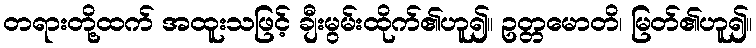
တရားတို့ထက် အထူးသဖြင့် ချီးမွမ်းထိုက်၏ဟူ၍။ ဥတ္တမောတိ၊ မြတ်၏ဟူ၍။